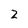
Character: 2